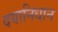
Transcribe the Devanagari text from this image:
दयानिधान